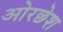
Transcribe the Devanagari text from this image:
ओरछेश